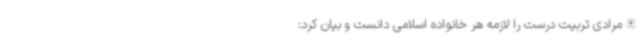
الله‌مرادی تربیت درست را لازمه هر خانواده اسلامی دانست و بیان کرد: